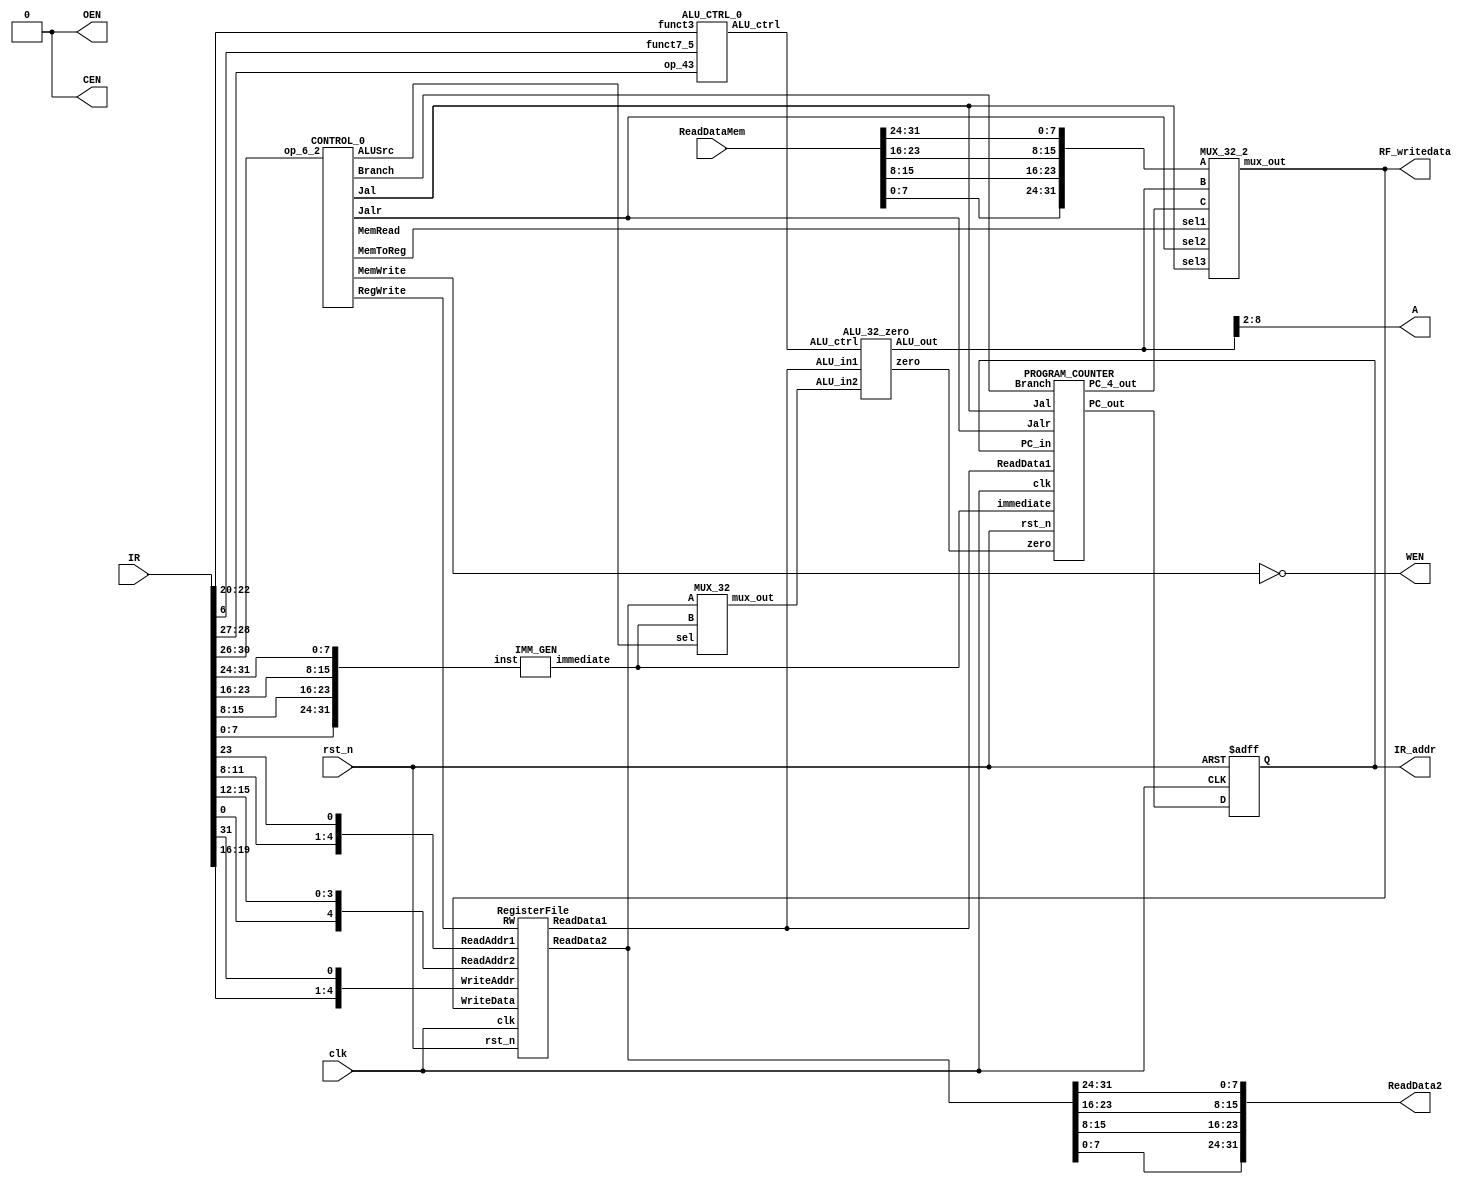
/// Single Cycle RISCV
//=========================================================
// Input/Output Signals:
// positive-edge triggered         clk
// active low synchronous reset   rst_n
// instruction memory interface    IR_addr, IR
// output for testing purposes     RF_writedata  
//=========================================================
// Wire/Reg Specifications:
// control signals             MemToReg, MemRead, MemWrite, 
//                             RegWrite, Branch,
//                             Jalr, Jal, ALUSrc, ALUOp
// ALU control signals         ALUctrl
// ALU output signals          ALUresult, ALUzero
// instruction specifications  r, jal, jalr, lw, sw, beq
// registers input signals     Reg_R1, Reg_R2, Reg_W, WriteData 
// immediate generated signals ImmGenOut
// registers output signals    ReadData1, ReadData2
// data memory control signals CEN, OEN, WEN
// data memory output signals  ReadDataMem
// Memory address              A
//=========================================================
//==== parameter declaration ==============================

`define ALU_CTRL_AND  4'b0000
`define ALU_CTRL_OR   4'b0001
`define ALU_CTRL_ADD  4'b0010
`define ALU_CTRL_SUB  4'b0110
`define ALU_CTRL_SLT  4'b1000

`define OPCODE_6_2_JAL  5'b11011
`define OPCODE_6_2_JR   5'b11001
`define OPCODE_6_2_SW   5'b01000
`define OPCODE_6_2_LW   5'b00000
`define OPCODE_6_2_BEQ  5'b11000
`define OPCODE_6_2_R    5'b01100

//==== module =============================================
module SingleCycle_CHIP( 
    clk,
    rst_n,
    IR_addr,
    IR,
    RF_writedata,
    ReadDataMem,
    CEN,
    WEN,
    A,
    ReadData2,
    OEN
);

//==== in/out declaration =================================
    //-------- processor ----------------------------------
    input         clk, rst_n;
    input  [31:0] IR;//program script
    output [31:0] IR_addr;//program counter
    output [31:0] RF_writedata;
    //-------- data memory --------------------------------
    input  [31:0] ReadDataMem;  // read_data from memory
    output        CEN;  // chip_enable, 0 when you read/write data from/to memory
    output        WEN;  // write_enable, 0 when you write data into SRAM & 1 when you read data from SRAM
    output  [6:0] A;  // address
    output [31:0] ReadData2;  // write_data to memory
    output        OEN;  // output_enable, 0



//==== reg/wire declaration ===============================
reg     [31:0]  IR_addr;
wire    [31:0]  IR_addr_r;
wire    [31:0]  IR_ = {{IR[7:0]},{IR[15:8]},{IR[23:16]},{IR[31:24]}};
wire    [31:0]  ReadDataReg = {{ReadDataMem[7:0]},{ReadDataMem[15:8]},{ReadDataMem[23:16]},{ReadDataMem[31:24]}};
//CONTROL_0
wire            Branch, RegWrite, ALUSrc, MemWrite, MemRead, MemToReg, Jal, Jalr, RW;
//RegisterFile
wire    [31:0]  ReadData1;
wire    [31:0]  ReadData2_;
wire    [31:0]  WriteData;
//IMM_GEN
wire    [31:0]  immediate;
//MUX_src
wire    [31:0]  RD2_imm_out;
//ALU_CTRL
wire    [3:0]   ALU_ctrl;
//ALU
wire zero;
wire [31:0]ALU_out;
//MUX
wire    [31:0]  WriteData_;
wire [31:0] PC_4_out;



//==== combinational part =================================


assign  RF_writedata = WriteData;
assign  A            = ALU_out[8:2]; // not sure
assign  WEN          = ~MemWrite;
assign  OEN          = 1'b0;
assign  CEN          = 1'b0;
assign  ReadData2    = {{ReadData2_[7:0]},{ReadData2_[15:8]},{ReadData2_[23:16]},{ReadData2_[31:24]}};


CONTROL_0 control_0(
    //.funct3(IR[22:20]),//IR_[14:12]
    .op_6_2(IR_[6:2]),//IR[30:26]
    .Jal(Jal),
    .Jalr(Jalr),
    .Branch(Branch),
    .MemRead(MemRead),
    .MemToReg(MemToReg),   
    .MemWrite(MemWrite),
    .RegWrite(RegWrite),
    .ALUSrc(ALUSrc)
);


RegisterFile register_file_0(
    .clk(clk),
    .rst_n(rst_n),
    .ReadAddr1(IR_[19:15]),//{IR[11:8],IR[23]}
    .ReadAddr2(IR_[24:20]),//{IR[0],IR[15:12]}
    .WriteAddr(IR_[11:7]),//{IR[19:16],IR[31]}
    .ReadData1(ReadData1),
    .ReadData2(ReadData2_),
    .WriteData(WriteData),
    .RW(RegWrite)//ctrl
);

IMM_GEN imm_gen_0(
    .inst(IR_),
    .immediate(immediate)
);


MUX_32 mux_32_src_0(
    .A(ReadData2_),
    .B(immediate),
    .sel(ALUSrc),
    .mux_out(RD2_imm_out)
);

ALU_CTRL_0 alu_ctrl_0(
    .op_43(IR_[4:3]),//IR[28:27]
    .funct3(IR_[14:12]),//IR[22:20]
    .funct7_5(IR_[30]),//IR[6]
    .ALU_ctrl(ALU_ctrl)
);

ALU_32_zero alu_32_zero_0(
    .ALU_in1(ReadData1),
    .ALU_in2(RD2_imm_out),
    .ALU_ctrl(ALU_ctrl),
    .zero(zero),
    .ALU_out(ALU_out)
);

//memory
/*
MUX_32 mux_32_mem_0(
    .A(ReadDataReg),
    .B(ALU_out),
    .sel(MemToReg),
    .mux_out(WriteData_)
);

MUX_32 mux_jalr_regwrite_0(
    .A(WriteData_),
    .B(PC_4_out),
    .sel(Jalr|Jal),
    .mux_out(WriteData)
)*/
MUX_32_2 mux_32_mem_jalr_regwrite_0(//combine mux_32_mem_0 mux_jalr_regwrite_0
    .A(ReadDataReg),
    .B(ALU_out),
    .C(PC_4_out),
    .sel1(MemToReg),
    .sel2(Jalr),
    .sel3(Jal),
    .mux_out(WriteData)
);
PROGRAM_COUNTER pc_0(
    .clk(clk),
    .rst_n(rst_n),
    .Branch(Branch),
    .zero(zero),
    .Jal(Jal),
    .Jalr(Jalr),
    .PC_in(IR_addr),
    .immediate(immediate),
    .ReadData1(ReadData1),
    .PC_4_out(PC_4_out),
    .PC_out(IR_addr_r)
);


//==== sequential part ====================================
always @(posedge clk or negedge rst_n) begin
    if(!rst_n) begin
        IR_addr <= 0;
    end else begin
        IR_addr <= IR_addr_r;
        //$display("IR_addr",IR_addr);
    end
end
//=========================================================
endmodule
//==== submodule ==========================================




module PROGRAM_COUNTER (
    clk,
    rst_n,
    Branch,
    zero,
    Jal,
    Jalr,
    PC_in,
    immediate,
    ReadData1,
    PC_4_out,
    PC_out
);


input   clk, rst_n ,Branch,zero,Jal,Jalr;
input   [31:0]  PC_in,immediate,ReadData1;
output  [31:0]  PC_out,PC_4_out;
wire    [31:0]  PC_out, PC_4_out;
reg     [31:0]  IR_imm_4_out,RD1_imm_out,PC_imm_out;

assign PC_4_out = PC_in + 4;
assign PC_out = Jalr?(ReadData1+immediate):IR_imm_4_out;
always @(*) begin
if((Branch&zero)|Jal)begin
    IR_imm_4_out = PC_in + immediate;
end else begin
    IR_imm_4_out = PC_4_out;
end
end

/*
assign PC_4_out = PC_in + 4;
always @(*) begin

RD1_imm_out = ReadData1+immediate;
PC_imm_out = PC_in + immediate;

case({{(Branch&zero)|Jal},{Jalr}})
    2'b00:PC_out = PC_4_out;
    2'b01,2'b11:PC_out = RD1_imm_out;
    2'b10:PC_out = PC_imm_out;
endcase
end


assign PC_4_out = PC_in + 4;
assign PC_out = (Jalr|(Branch&zero)|Jal)?((Jalr?ReadData1:PC_in)+immediate):PC_4_out;
*/
endmodule


//immediate generator======================================
module IMM_GEN(
    inst,
    immediate
);
input   [31:0]  inst;
output  [31:0]  immediate;
reg     [31:0]  immediate;
always @(*) begin
            immediate[31:20] = {12{inst[31]}};
            immediate[10:5] = inst[30:25];

    case(inst[6:2])
        `OPCODE_6_2_JAL: begin//jal
            //immediate[31:20] = {12{inst[31]}};
            //immediate[10:5] = inst[30:25];
            immediate[19:12] = inst[19:12];
            immediate[11] = inst[20];
            immediate[4:1] = inst[24:21];
            immediate[0] = 0;
        end
        `OPCODE_6_2_JR: begin//jr
            //immediate[31:20] = {12{inst[31]}};
            //immediate[10:5] = inst[30:25];
            immediate[19:12] = {8{inst[31]}};
            immediate[11] = inst[31];
            immediate[4:0] = inst[24:20];
        end
        `OPCODE_6_2_SW: begin//sw
            //immediate[31:20] = {12{inst[31]}};
            //immediate[10:5] = inst[30:25];
            immediate[19:12] = {8{inst[31]}};
            immediate[11] = inst[31];
            //immediate[4:0] = inst[11:7];
            immediate[4:1] = inst[11:8];
            immediate[0] = inst[7];
        end
        `OPCODE_6_2_LW:begin//lw ALU
            //immediate[31:20] = {12{inst[31]}};
            //immediate[10:5] = inst[30:25];
            immediate[19:12] = {8{inst[31]}};
            immediate[11] = inst[31];
            //immediate[4:0] = inst[24:20];
            immediate[4:1] = inst[24:21];
            immediate[0] = inst[20];
        end
        `OPCODE_6_2_BEQ:begin//BEQ
            //immediate[31:20] = {12{inst[31]}};
            //immediate[10:5] = inst[30:25];
            immediate[19:12] = {8{inst[31]}};
            immediate[11] = inst[7];
            immediate[4:1] = inst[11:8];
            immediate[0] = 1'b0;
        end
    
        default : begin//R-type
            //immediate[31:20] = {12{inst[31]}};
            //immediate[10:5] = inst[30:25]; 
            immediate[19:12] = 8'b0;
            immediate[11] = 1'b0;
            immediate[4:1] = 4'b0;
            immediate[0] = 1'b0;
        end
    endcase

end
endmodule

module CONTROL_0(
    op_6_2,
    Jal,
    Jalr,
    Branch,
    MemRead,
    MemToReg,    
    MemWrite,
    RegWrite,
    ALUSrc
);
input   [4:0] op_6_2;
output  MemToReg, Jal, Jalr;
output  Branch, RegWrite, ALUSrc, MemRead, MemWrite;

//output  [2:0] ALUOp; //ALUOp is ALUControl here

reg     Branch, RegWrite, ALUSrc, MemWrite, MemRead;
reg     MemToReg, Jal, Jalr;
//reg     [2:0] ALUOp;

always @(*) begin
    //ALUOp    = 3'b000;
    MemToReg = 1'b0;
    Jal      = 1'b0;
    Jalr     = 1'b0;
    RegWrite = 1'b0;
    Branch   = 1'b0;
    ALUSrc   = 1'b0;
    MemWrite = 1'b0;
    MemRead  = 1'b0;

    case(op_6_2) //opcode
        `OPCODE_6_2_R: begin //R type
            MemToReg = 1'b1;
            //jal      = 1'b0;
            //jalr     = 1'b0;
            RegWrite = 1'b1;
            //Branch   = 1'b0;
            //ALUSrc   = 1'b0;
            //MemWrite = 1'b0;
            //MemRead  = 1'b0;
        end
        `OPCODE_6_2_SW: begin //beq sw
            //MemToReg = 1'b0;
            //jal      = 1'b0;
            //jalr     = 1'b0;
            //RegWrite = 1'b0;
            //Branch   = 1'b0;
            //MemWrite = 1'b0;
            //MemRead  = 1'b0;
            ALUSrc   = 1'b1;
            Branch = 1'b0;
            MemWrite = 1'b1;
        end
        `OPCODE_6_2_BEQ: begin //beq
            //MemToReg = 1'b0;
            //jal      = 1'b0;
            //jalr     = 1'b0;
            //RegWrite = 1'b0;
            //Branch   = 1'b0;
            //MemWrite = 1'b0;
            //MemRead  = 1'b0;
            ALUSrc   = 1'b0;
            Branch = 1'b1;
            MemWrite = 1'b0;
        end
        `OPCODE_6_2_JR: begin //Jalr
            //MemToReg = 1'b0;
            //jal      = 1'b0;
            Jalr     = 1'b1;
            RegWrite = 1'b1;
            //Branch   = 1'b0;
            //ALUSrc   = 1'b0;
            //MemWrite = 1'b0;
            //MemRead  = 1'b0;
        end
        `OPCODE_6_2_JAL: begin //Jal
            //MemToReg = 1'b0;
            Jal      = 1'b1;
            //jalr     = 1'b0;
            RegWrite = 1'b1;
            //Branch   = 1'b0;
            //ALUSrc   = 1'b0;
            //MemWrite = 1'b0;
            //MemRead  = 1'b0;
        end
        `OPCODE_6_2_LW: begin //lw
            //MemToReg = 1'b0;
            //jal      = 1'b0;
            //jalr     = 1'b0;
            RegWrite = 1'b1;
            //Branch   = 1'b0;
            ALUSrc   = 1'b1;
            //MemWrite = 1'b0;
            MemRead  = 1'b1;
        end
            default:;
    endcase
end
endmodule

//==== RegisterFile =============================================

module RegisterFile(
    clk,
    rst_n,
    ReadAddr1,
    ReadAddr2,
    WriteAddr,
    ReadData1,
    ReadData2,
    WriteData,
    RW//ctrl
);
input   clk,rst_n,RW;
input   [4:0]ReadAddr1,ReadAddr2,WriteAddr;
input   [31:0]WriteData;
output  [31:0]ReadData1,ReadData2;

wire     [31:0]ReadData1,ReadData2;
reg     [31:0]reg_file_r[0:31];

assign    ReadData1 = (ReadAddr1 != 32'b0) ? reg_file_r[ReadAddr1]: 32'b0;
assign    ReadData2 = (ReadAddr2 != 32'b0) ? reg_file_r[ReadAddr2]: 32'b0;

always@(posedge clk or negedge rst_n) begin
    if (!rst_n) begin
            reg_file_r[0] <= 32'b0;
            reg_file_r[1] <= 32'b0;
            reg_file_r[2] <= 32'b0;
            reg_file_r[3] <= 32'b0;
            reg_file_r[4] <= 32'b0;
            reg_file_r[5] <= 32'b0;
            reg_file_r[6] <= 32'b0;
            reg_file_r[7] <= 32'b0;
            reg_file_r[8] <= 32'b0;
            reg_file_r[9] <= 32'b0;
            reg_file_r[10] <= 32'b0;
            reg_file_r[11] <= 32'b0;
            reg_file_r[12] <= 32'b0;
            reg_file_r[13] <= 32'b0;
            reg_file_r[14] <= 32'b0;
            reg_file_r[15] <= 32'b0;
            reg_file_r[16] <= 32'b0;
            reg_file_r[17] <= 32'b0;
            reg_file_r[18] <= 32'b0;
            reg_file_r[19] <= 32'b0;
            reg_file_r[20] <= 32'b0;
            reg_file_r[21] <= 32'b0;
            reg_file_r[22] <= 32'b0;
            reg_file_r[23] <= 32'b0;
            reg_file_r[24] <= 32'b0;
            reg_file_r[25] <= 32'b0;
            reg_file_r[26] <= 32'b0;
            reg_file_r[27] <= 32'b0;
            reg_file_r[28] <= 32'b0;
            reg_file_r[29] <= 32'b0;
            reg_file_r[30] <= 32'b0;
            reg_file_r[31] <= 32'b0;
    end else begin
        if(RW)reg_file_r[WriteAddr] <= WriteData;
    end
end
endmodule

//==== ALU_Control =============================================


module ALU_CTRL_0(
    //ALU_op,
    op_43,
    funct3,
    funct7_5,
    ALU_ctrl
);
//input ALU_op;
input   [1:0]   op_43;
input   [2:0]   funct3;
input           funct7_5;
output  [3:0]   ALU_ctrl;
wire    [3:0]   ALU_ctrl;

assign ALU_ctrl[0] = op_43[1] & funct3[2] & funct3[1] & (~funct3[0]);
assign ALU_ctrl[1] = ~(op_43[1] & (~op_43[0]) & funct3[1]);
assign ALU_ctrl[2] = ((~op_43[1]) & (~funct3[1])) | (funct7_5 & op_43[1]);
assign ALU_ctrl[3] = op_43[1] & (~funct3[2]) & funct3[1];

endmodule


//ALU_32===================================================
//0000  AND     AND(bit)
//0001  OR      OR
//0010  ADD     LW SW
//0110  SUB     SUB BR
//1000  SLT     SLT
//ALU_ctrl[0] = OP[4] & funct3[2] & funct3[1] & (!funct3[0])
//ALU_ctrl[1] = !(OP[4] & (!OP[3]) & funct3[1])
//ALU_ctrl[2] = ((!OP[4]) & (!funct3[1])) | (funct7[5] & OP[4])
//ALU_ctrl[3] = OP[4] & (!funct3[2]) & funct3[1]

//=========================================================

module ALU_32_zero(
    ALU_in1,
    ALU_in2,
    ALU_ctrl,
    zero,
    ALU_out
);
input   [31:0]  ALU_in1,ALU_in2;
input   [3:0]   ALU_ctrl;
output  [31:0]  ALU_out;
output          zero;
reg     [31:0]  ALU_out;
reg             zero;
wire     [31:0]  sub = ALU_in1 - ALU_in2;
wire     [31:0]  add = ALU_in1 + ALU_in2;

always @(*) begin
    zero = 0;


case (ALU_ctrl)
    `ALU_CTRL_AND:begin
        //$display("&");
        ALU_out = ALU_in1 & ALU_in2;
    end
    `ALU_CTRL_OR:begin
        //$display("|");
        ALU_out = ALU_in1 | ALU_in2;
    end
    `ALU_CTRL_ADD:begin
        ALU_out = add;
        //ALU_out = ALU_in1 + ALU_in2;
        //$display("add %d",ALU_out);
    end
    `ALU_CTRL_SUB:begin
        //$display("-");

        ALU_out = sub;
        //ALU_out = ALU_in1 - ALU_in2;
        zero = !ALU_out;
        /*
        if(ALU_out == 32'b0) begin
            zero = 1'b1;
        end 
        */        
    end
    `ALU_CTRL_SLT:begin
        //$display("diff");
        ALU_out = ALU_in1[31] | ALU_in2[31] ? ALU_in1[31] : ALU_in1[30:0] < ALU_in2[30:0];
    end
    default : begin 
        ALU_out = 31'b0;
        //$display("def");
    end
endcase
end

endmodule

//MUX_32===================================================
module MUX_32_2(
    A,
    B,
    C,
    sel1,
    sel2,
    sel3,
    mux_out

);

input   [31:0]  A, B, C;
input           sel1,sel2,sel3;
output  [31:0]  mux_out;
reg     [31:0]  mux_out;

always @(*) begin
case ({sel1,{sel2|sel3}})
    2'b11,2'b01:mux_out = C;
    2'b00:mux_out = A;
    2'b10:mux_out = B;

    default :mux_out = 0;
endcase
end
endmodule

module MUX_32(
    A,
    B,
    sel,
    mux_out

);

input   [31:0]  A, B;
input           sel;
output  [31:0]  mux_out;
reg     [31:0]  mux_out;

always @(*) begin
    //mux_out = 32'b0;
    if(~sel) begin
        mux_out = A;
    end else begin
        mux_out = B;
    end
end
endmodule

//memory_data convert to reg_data
/*
module mem_to_reg_data_convert(
    mem_data,
    reg_data
    );
input   [31:0] mem_data;
output  [31:0] reg_data;
reg    [31:0] reg_data;

always @(*)reg_data = {{mem_data[7:0]},{mem_data[15:8]},{mem_data[23:16]},{mem_data[31:24]}};


endmodule
*/